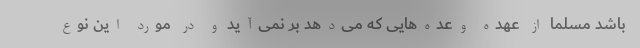
باشد مسلما از عهده وعده‌هایی که می‌دهد بر نمی‌آید و در مورد این نوع